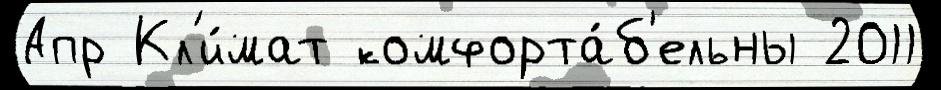
Апр Кл'и́мат комфорта́б'ельны 2011